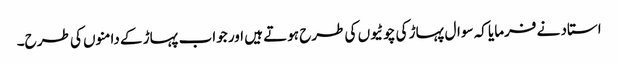
استاد نے فرمایا کہ سوال پہاڑ کی چوٹیوں کی طرح ہوتے ہیں اور جواب پہاڑ کے دامنوں کی طرح۔